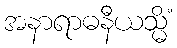
အနာရာဓနီယသ္မိံ